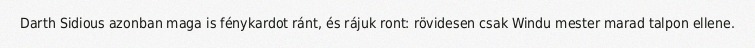
Darth Sidious azonban maga is fénykardot ránt, és rájuk ront: rövidesen csak Windu mester marad talpon ellene.